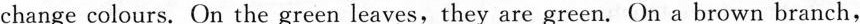
change colours. On the green leaves,they are green. On a brown branch,